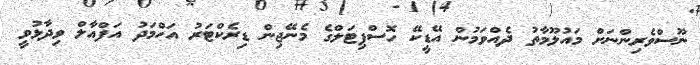
ނޫސްވެރިންނަށް މައުލޫމާތު ދެއްވަމުން އޭޑީކޭ ހޮސްޕިޓަލްގެ މެނޭޖިން ޑިރެކްޓަރު އަހްމަދު އަފްއާލް ވިދާޅުވީ